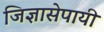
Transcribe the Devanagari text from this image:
जिज्ञासेपायी